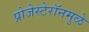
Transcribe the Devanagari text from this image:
प्रोजेस्टेरॉनमुळे